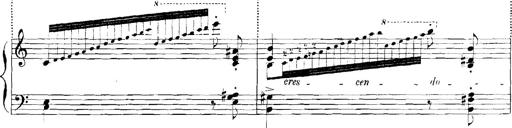
Title: Rhapsodies hongroises
Composer: Franz Liszt